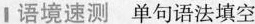
Ⅰ语境速测 单句语法填空